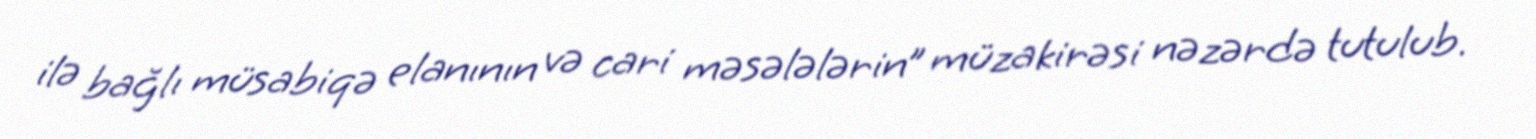
ilə bağlı müsabiqə elanının və cari məsələlərin” müzakirəsi nəzərdə tutulub.